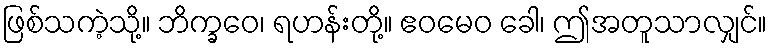
ဖြစ်သကဲ့သို့။ ဘိက္ခဝေ၊ ရဟန်းတို့။ ဧဝမေဝ ခေါ၊ ဤအတူသာလျှင်။